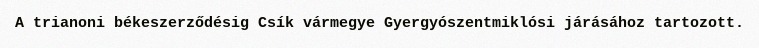
A trianoni békeszerződésig Csík vármegye Gyergyószentmiklósi járásához tartozott.